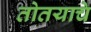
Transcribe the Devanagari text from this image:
तोतयाचे